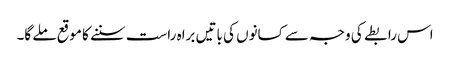
اس رابطے کی وجہ سے کسانوں کی باتیں براہ راست سننے کا موقع ملے گا۔